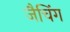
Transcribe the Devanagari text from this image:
जैचिंग